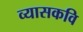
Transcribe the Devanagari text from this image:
व्यासकवि